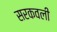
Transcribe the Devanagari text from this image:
सरकवली